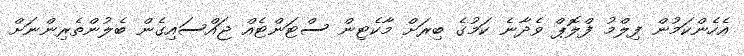
އެހެންކަމުން ފިލްމު ފްލޮޕް ވެދާނެ ކަމުގެ ބިރަށް މާކެޓިން ސްޓަންޓެއް ޖައްސައިގެން ބެލުންތެރިންނަށް